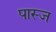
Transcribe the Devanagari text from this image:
पास्ज